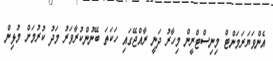
އެންވަޔަރަމަންޓް މިނިސްޓްރީން މިހާރު ދަނީ ރާއްޖޭގައި ހަކަތަ ބޭނުންކުރާވަރު މަދު ކުރުމަށް މުޅިން